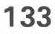
133